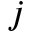
j